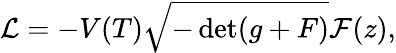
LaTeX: {\cal L}=-V(T)\sqrt{-\operatorname*{det}(g+F)}{\cal F}(z),